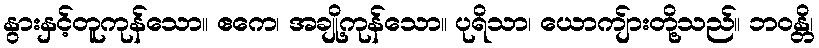
နွားနှင့်တူကုန်သော။ ဧကေ၊ အချို့ကုန်သော။ ပုရိသာ၊ ယောကျ်ားတို့သည်။ ဘဝန္တိ၊